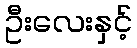
ဦးလေးနှင့်